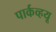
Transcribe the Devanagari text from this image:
पार्कव्हयू